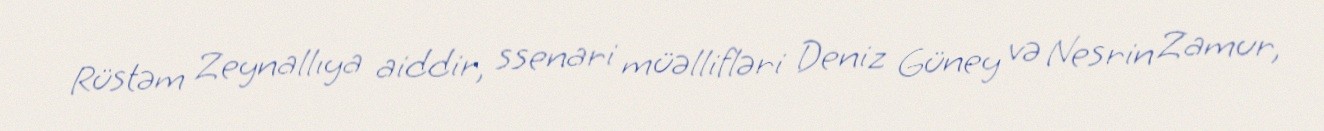
Rüstəm Zeynallıya aiddir, ssenari müəllifləri Deniz Güney və Nesrin Zamur,